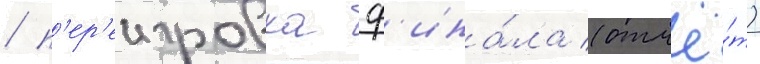
/ п'ер'еигровка ф'ина́ла (отчё́т)